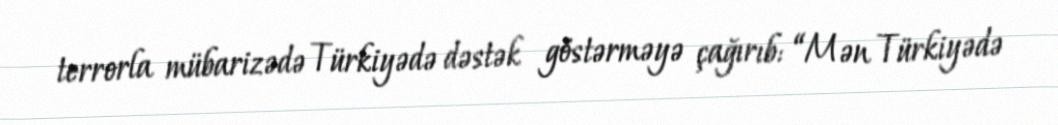
terrorla mübarizədə Türkiyədə dəstək göstərməyə çağırıb: “Mən Türkiyədə